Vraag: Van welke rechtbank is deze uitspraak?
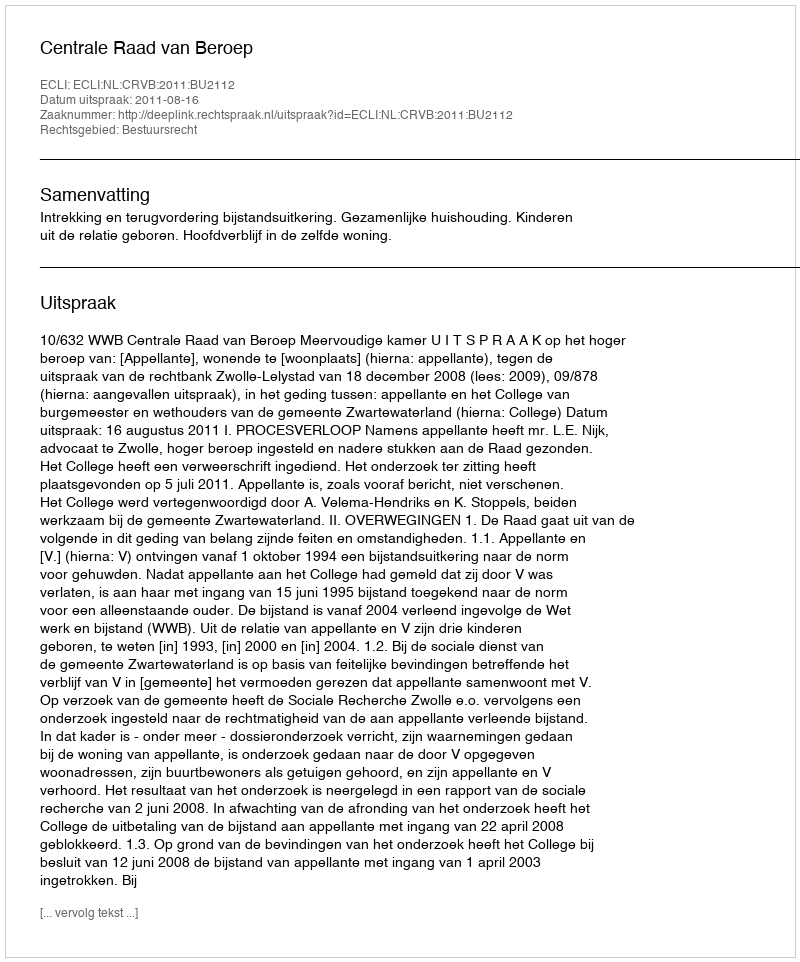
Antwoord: Centrale Raad van Beroep